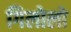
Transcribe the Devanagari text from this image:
गिलोलो